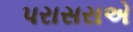
પરાસરાએ